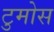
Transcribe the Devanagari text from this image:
टुमोस